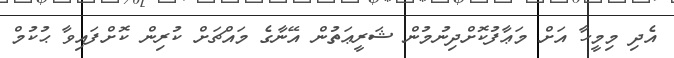
އެދި މިމީހާ އަށް މަޢާފުކޮށްދިނުމުން ޝަރީޢަތުން އޭނާގެ މައްޗަށް ކުރިން ކޮށްފައިވާ ޙުކުމް